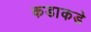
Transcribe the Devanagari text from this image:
कडाकडे